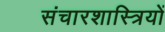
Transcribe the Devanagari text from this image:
संचारशास्त्रियों